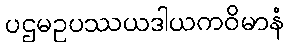
ပဌမဥပဿယဒါယကဝိမာနံ